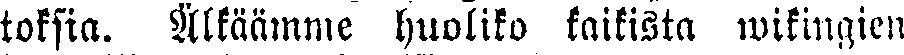
toksia. Älkäämme huoliko, kaikista wikingien